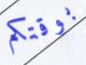
بوقتكم